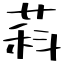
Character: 萪